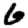
Digit: 6